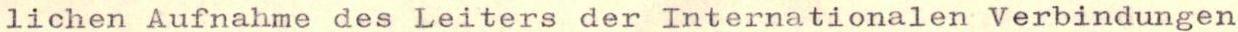
lichen Aufnahme des Leiters der Internationalen Verbindungen